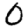
Digit: 0